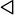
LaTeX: \triangleleft